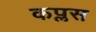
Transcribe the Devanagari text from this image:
कप्लस